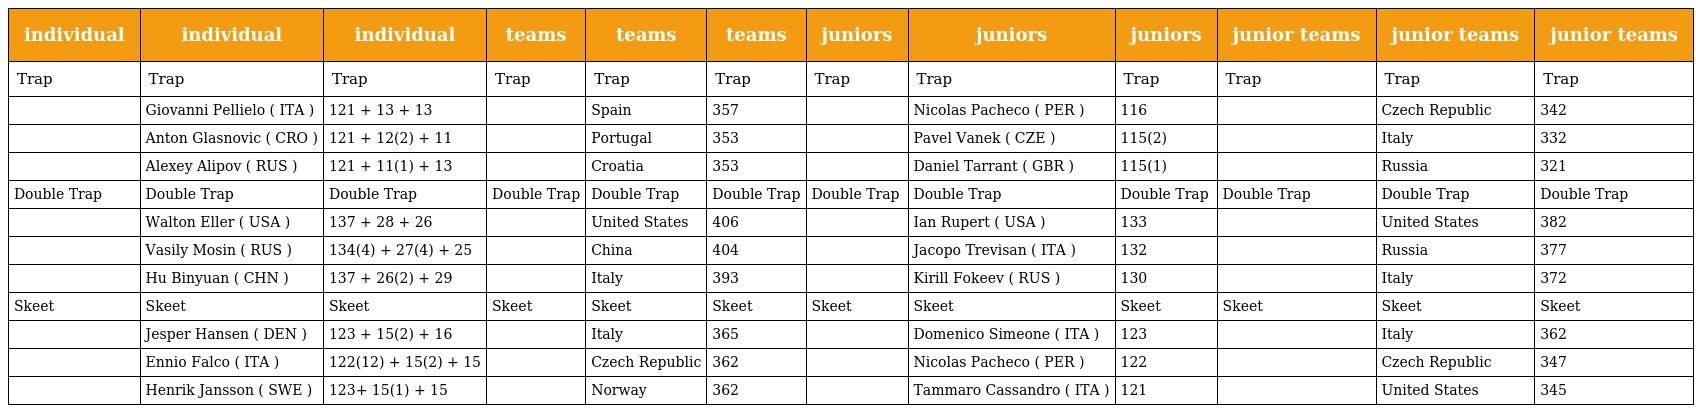
| individual | individual | individual | teams | teams | teams | juniors | juniors | juniors | junior teams | junior teams | junior teams |
 | --- | --- | --- | --- | --- | --- | --- | --- | --- | --- | --- | --- |
 | Trap | Trap | Trap | Trap | Trap | Trap | Trap | Trap | Trap | Trap | Trap | Trap |
 |  | Giovanni Pellielo ( ITA ) | 121 + 13 + 13 |  | Spain | 357 |  | Nicolas Pacheco ( PER ) | 116 |  | Czech Republic | 342 |
 |  | Anton Glasnovic ( CRO ) | 121 + 12(2) + 11 |  | Portugal | 353 |  | Pavel Vanek ( CZE ) | 115(2) |  | Italy | 332 |
 |  | Alexey Alipov ( RUS ) | 121 + 11(1) + 13 |  | Croatia | 353 |  | Daniel Tarrant ( GBR ) | 115(1) |  | Russia | 321 |
 | Double Trap | Double Trap | Double Trap | Double Trap | Double Trap | Double Trap | Double Trap | Double Trap | Double Trap | Double Trap | Double Trap | Double Trap |
 |  | Walton Eller ( USA ) | 137 + 28 + 26 |  | United States | 406 |  | Ian Rupert ( USA ) | 133 |  | United States | 382 |
 |  | Vasily Mosin ( RUS ) | 134(4) + 27(4) + 25 |  | China | 404 |  | Jacopo Trevisan ( ITA ) | 132 |  | Russia | 377 |
 |  | Hu Binyuan ( CHN ) | 137 + 26(2) + 29 |  | Italy | 393 |  | Kirill Fokeev ( RUS ) | 130 |  | Italy | 372 |
 | Skeet | Skeet | Skeet | Skeet | Skeet | Skeet | Skeet | Skeet | Skeet | Skeet | Skeet | Skeet |
 |  | Jesper Hansen ( DEN ) | 123 + 15(2) + 16 |  | Italy | 365 |  | Domenico Simeone ( ITA ) | 123 |  | Italy | 362 |
 |  | Ennio Falco ( ITA ) | 122(12) + 15(2) + 15 |  | Czech Republic | 362 |  | Nicolas Pacheco ( PER ) | 122 |  | Czech Republic | 347 |
 |  | Henrik Jansson ( SWE ) | 123+ 15(1) + 15 |  | Norway | 362 |  | Tammaro Cassandro ( ITA ) | 121 |  | United States | 345 |